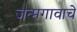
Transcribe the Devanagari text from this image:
जन्मगावाचे